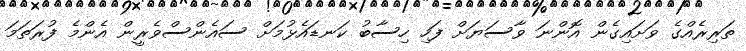
ތަރިރެއްގެ ވަށައިގެން އޮންނަ ވާސަޔަށް ފަހި ހިސާބު ކަނޑައެޅުމަށް ސައެންސްވެރީން އެންމެ ފުރަތަމަ